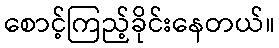
စောင့်ကြည့်ခိုင်းနေတယ်။